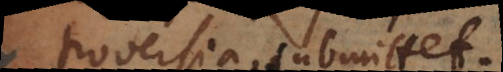
troversia submittet.